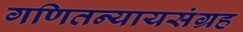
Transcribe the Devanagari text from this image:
गणितन्यायसंग्रह